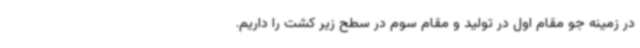
در زمینه جو مقام اول در تولید و مقام سوم در سطح زیر کشت را داریم.